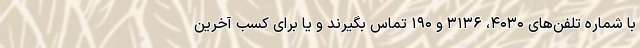
با شماره تلفن‌های ۴۰۳۰، ۳۱۳۶ و ۱۹۰ تماس بگیرند و یا برای کسب آخرین